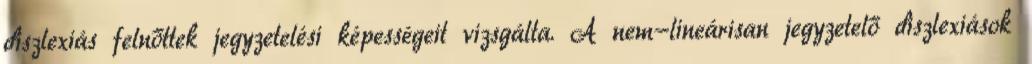
diszlexiás felnőttek jegyzetelési képességeit vizsgálta. A nem-lineárisan jegyzetelő diszlexiások